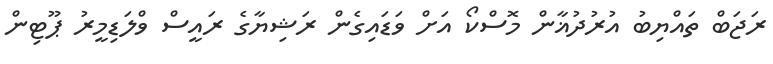
ރަޖަބް ތައްޔިބު އުރުދުޣާން މޮސްކޯ އަށް ވަޑައިގެން ރަޝިޔާގެ ރައީސް ވްލަޑިމީރު ޕޫޓިން